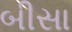
બીસા